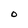
Character: O